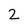
Character: 2